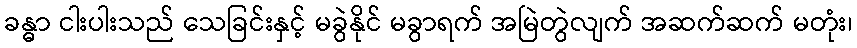
ခန္ဓာ ငါးပါးသည် သေခြင်းနှင့် မခွဲနိုင် မခွာရက် အမြဲတွဲလျက် အဆက်ဆက် မတုံး၊